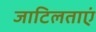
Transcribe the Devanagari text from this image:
जाटिलताएं